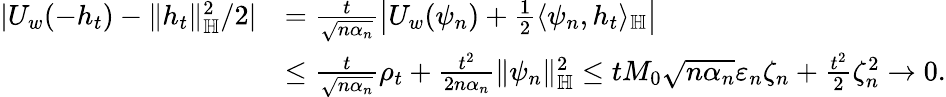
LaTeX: \begin{array}{rl}{|U_{w}(-h_{t})-\| h_{t}\| _{\mathbb{H}}^{2}/2|}&{=\frac{t}{\sqrt{n\alpha_{n}}}\left|U_{w}(\psi_{n})+\frac{1}{2}\langle\psi_{n},h_{t}\rangle_{\mathbb{H}}\right|}\\ &{\leq\frac{t}{\sqrt{n\alpha_{n}}}\rho_{t}+\frac{t^{2}}{2n\alpha_{n}}\| \psi_{n}\| _{\mathbb{H}}^{2}\leq tM_{0}\sqrt{n\alpha_{n}}\varepsilon_{n}\zeta_{n}+\frac{t^{2}}{2}\zeta_{n}^{2}\to 0.}\end{array}